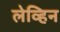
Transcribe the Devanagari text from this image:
लेव्हिन